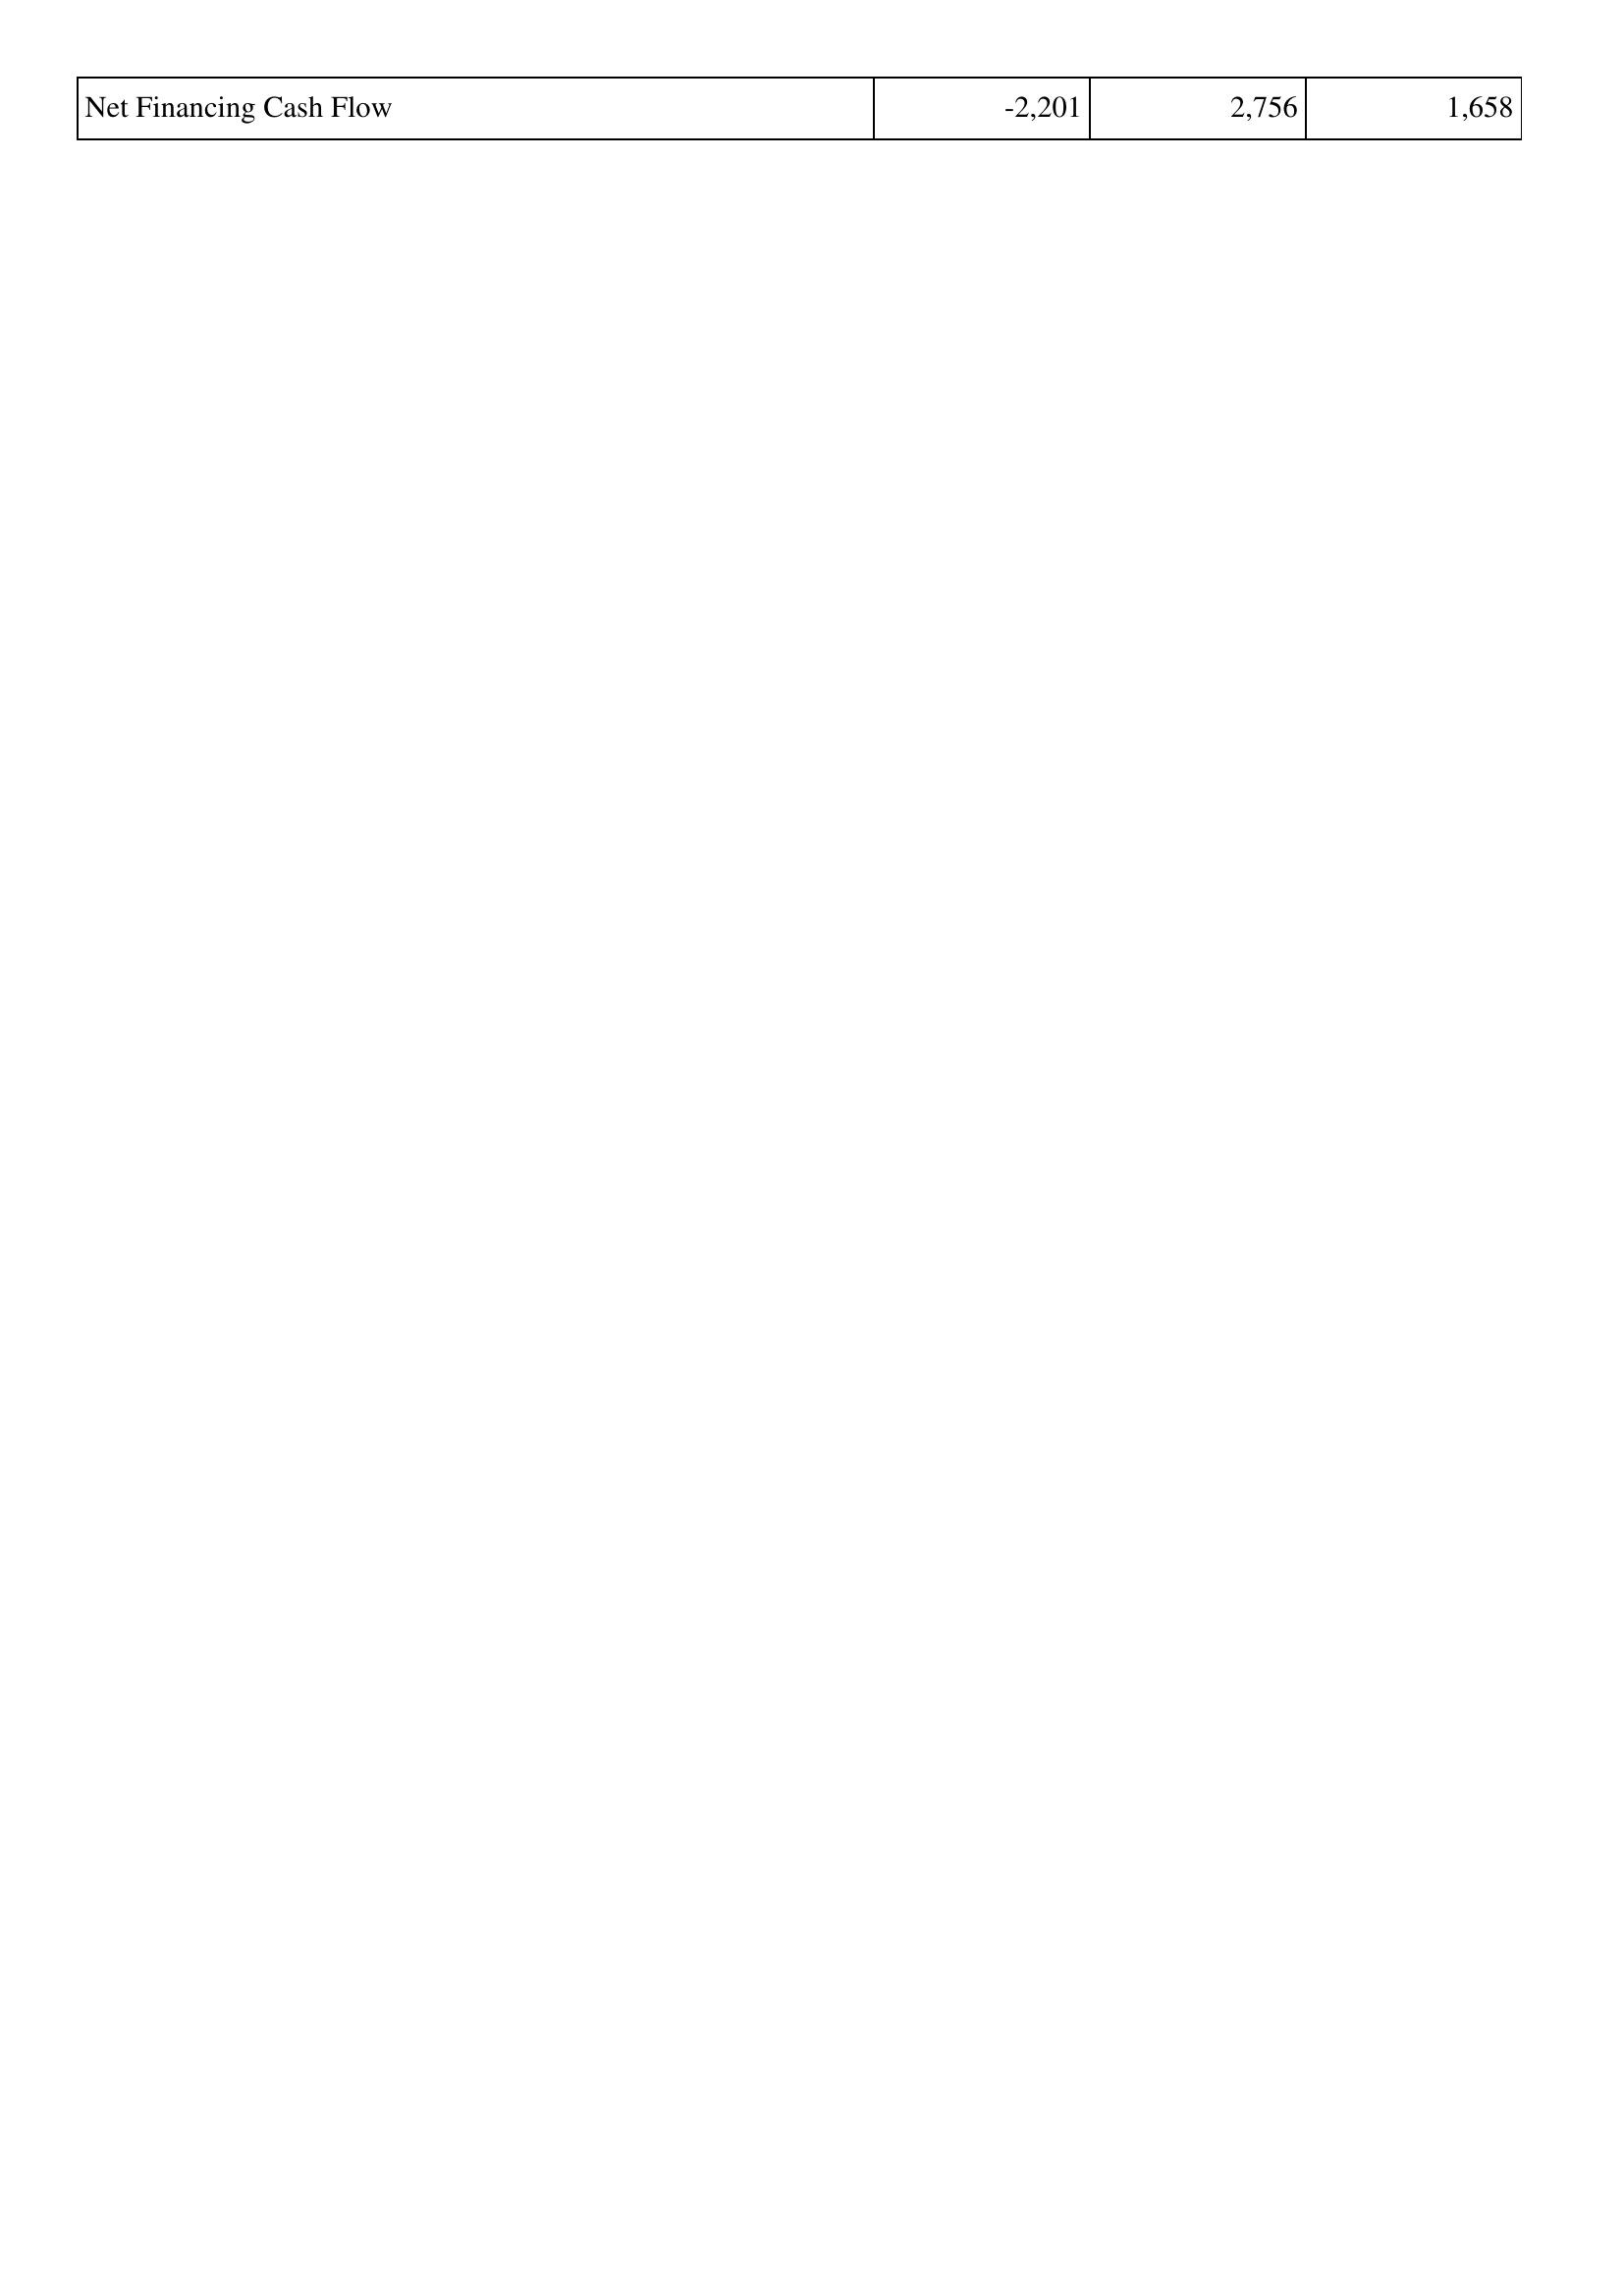
2021: Financing Activities: Net Financing Cash Flow: -2,201
2020: Financing Activities: Net Financing Cash Flow: 2,756
2019: Financing Activities: Net Financing Cash Flow: 1,658